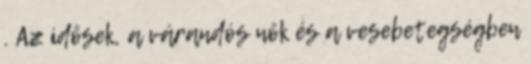
. Az idősek, a várandós nők és a vesebetegségben